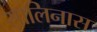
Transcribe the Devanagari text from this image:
सालिनास